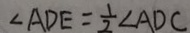
\angle A D E = \frac { 1 } { 2 } \angle A D C